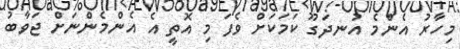
މިހާރު އެންމެ އުނދަގޫ ކަމަކަށް ވެފަ މި އޮތީ އެ އެންމެންނަށް ޖަވާބު